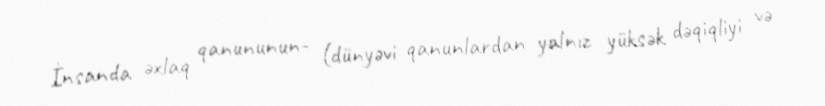
İnsanda əxlaq qanununun- (dünyəvi qanunlardan yalnız yüksək dəqiqliyi və